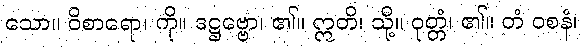
သော။ ဝိစာရော၊ ကို။ ဒဋ္ဌဗ္ဗော၊ ၏။ ဣတိ၊ သို့။ ဝုတ္တံ၊ ၏။ တံ ဝစနံ၊